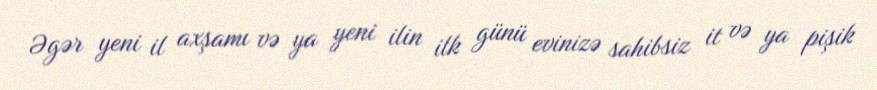
Əgər yeni il axşamı və ya yeni ilin ilk günü evinizə sahibsiz it və ya pişik